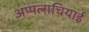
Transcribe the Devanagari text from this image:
अप्पलाचियाई